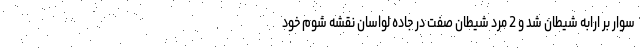
سوار بر ارابه شیطان شد و 2 مرد شیطان صفت در جاده لواسان نقشه شوم خود